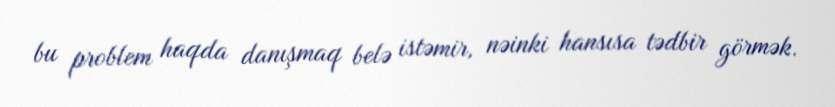
bu problem haqda danışmaq belə istəmir, nəinki hansısa tədbir görmək.